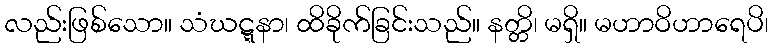
လည်းဖြစ်သော။ သံဃဋ္ဋနာ၊ ထိခိုက်ခြင်းသည်။ နတ္တိ၊ မရှိ။ မဟာဝိဟာရေပိ၊